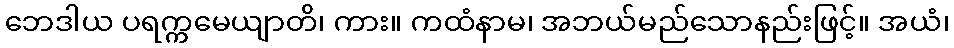
ဘေဒါယ ပရက္ကမေယျာတိ၊ ကား။ ကထံနာမ၊ အဘယ်မည်သောနည်းဖြင့်။ အယံ၊